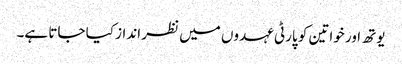
یوتھ اور خواتین کو پارٹی عہدوں میں نظر انداز کیا جاتا ہے۔